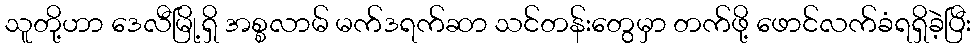
သူတို့ဟာ ဒေလီမြို့ရှိ အစ္စလာမ် မက်ဒရက်ဆာ သင်တန်းတွေမှာ တက်ဖို့ ဖောင်လက်ခံရရှိခဲ့ပြီး